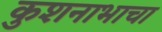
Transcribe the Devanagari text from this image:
कुशनाभाचा